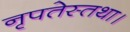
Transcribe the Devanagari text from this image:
नृपतेस्तथा।